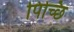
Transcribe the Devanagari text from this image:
पिच्छि